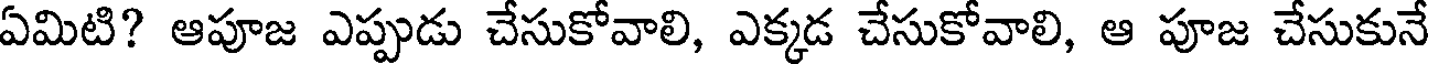
ఏమిటి? ఆపూజ ఎప్పుడు చేసుకోవాలి, ఎక్కడ చేసుకోవాలి, ఆ పూజ చేసుకునే